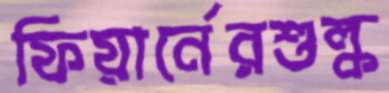
ফিয়ার্নেরশুল্ক